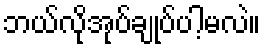
ဘယ်လိုအုပ်ချုပ်ပါ့မလဲ။